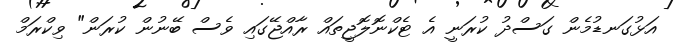
އަޅުގަނޑުމެން ގަސްދު ކުރަނީ އެ ޓެކްނޮލޮޖީތައް ރާއްޖޭގައި ވެސް ބޭނުން ކުރަން" ވިކްރަމް